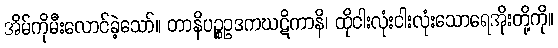
အိမ်ကိုမီးလောင်ခဲ့သော်။ တာနိပဉ္စဥဒကဃဋိကာနိ၊ ထိုငါးလုံးငါးလုံးသောရေအိုးတို့ကို။